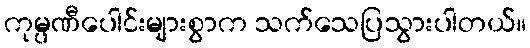
ကုမ္ပဏီပေါင်းများစွာက သက်သေပြသွားပါတယ်။